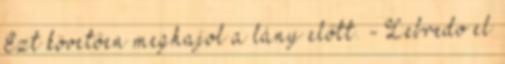
Ezt követően meghajol a lány előtt. - Lebredo el